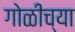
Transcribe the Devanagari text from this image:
गोळीच्या